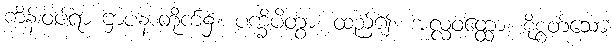
ကိန်းဝပ်ရာ ဌာပနာတိုက်၌။ ပက္ခိပိတွာ၊ ထည့်၍။ အလ္လဝတ္ထော၊ စိုစွတ်သော